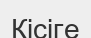
Кісіге